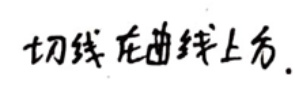
切线在曲线上方.